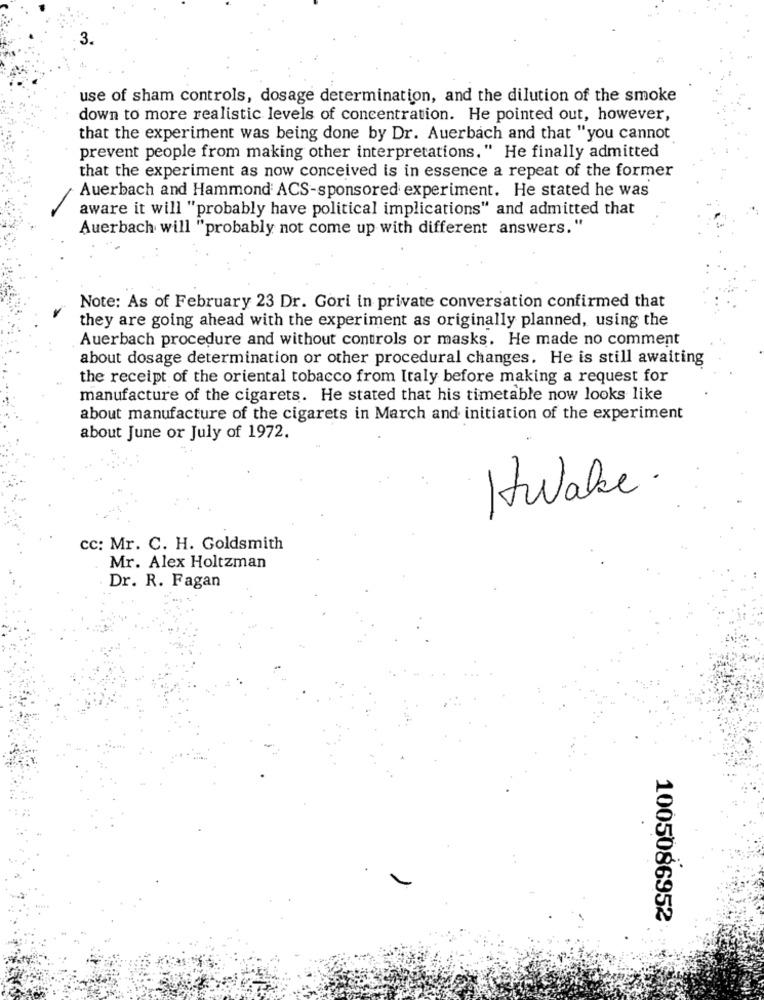
3.
use of sham controls, dosage determination, and the dilution of the smoke
down to more realistic levels of concentration. He pointed out, however,
that the experiment was being done by Dr. Auerbach and that "you cannot
prevent people from making other interpretations." He finally admitted
that the experiment as now conceived is in essence a repeat of the former
Auerbach and Hammond ACS-sponsored experiment. He stated he was
aware it will "probably have political implications" and admitted that
Auerbach will "probably not come up with different answers."
Note: As of February 23 Dr. Gori in private conversation confirmed that
they are going ahead with the experiment as originally planned, using the
Auerbach procedure and without controls or masks. He made no comment
about dosage determination or other procedural changes. He is still awaiting
the receipt of the oriental tobacco from Italy before making a request for
manufacture of the cigarets. He stated that his timetable now looks like
about manufacture of the cigarets in March and initiation of the experiment
about June or July of 1972.
Hwake .
cc: Mr. C. H. Goldsmith
Mr. Alex Holtzman
Dr. R. Fagan
1005086952